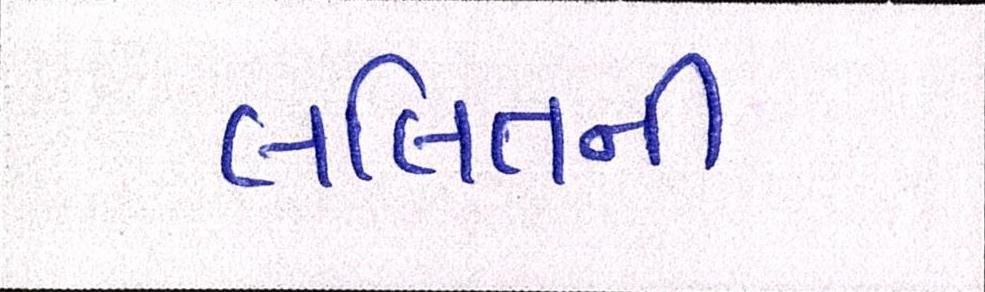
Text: લલિતની